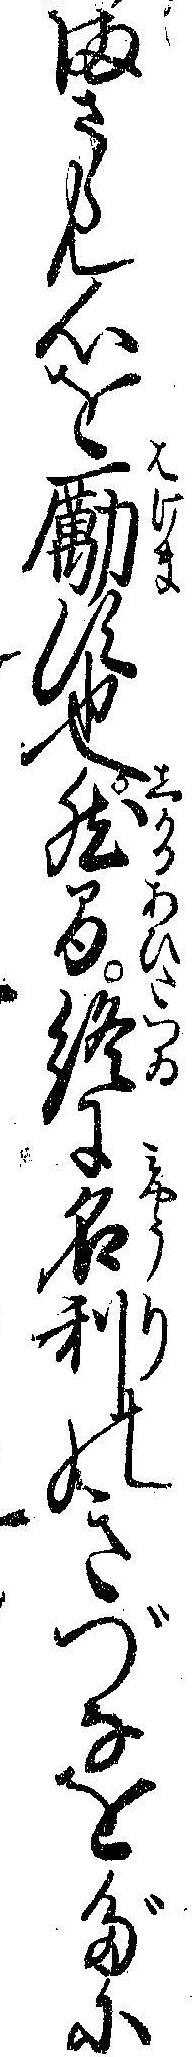
まさらん心を励す也然間終に名利のきづなをだに